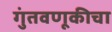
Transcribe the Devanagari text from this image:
गुंतवणूकीचा